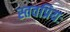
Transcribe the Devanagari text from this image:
स्तवप्रियः